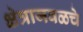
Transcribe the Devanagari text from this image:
क्षेत्राजवळचे